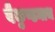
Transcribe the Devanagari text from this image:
वैकुण्ठनाथ